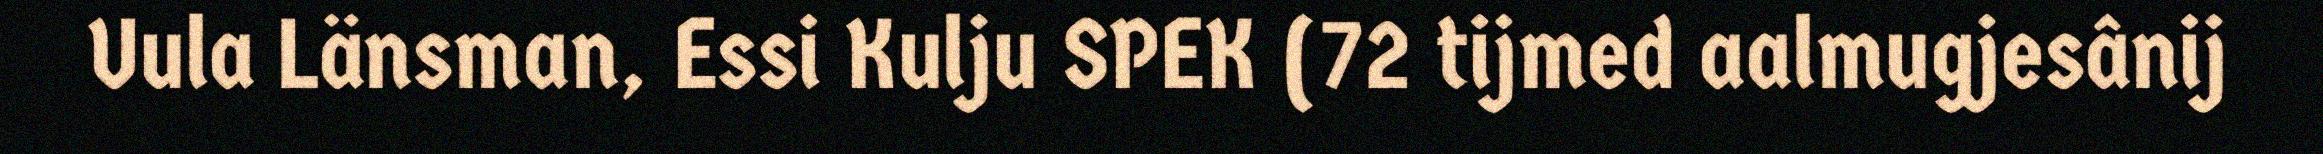
Uula Länsman, Essi Kulju SPEK (72 tijmed aalmugjesânij